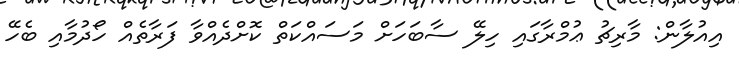
އިއުލާން: މާރިޗު ޢުމްރާގައި ހިލޭ ސާބަހަށް މަސައްކަތް ކޮށްދެއްވާ ފަރާތެއް ހޯދުމާއި ބެހޭ